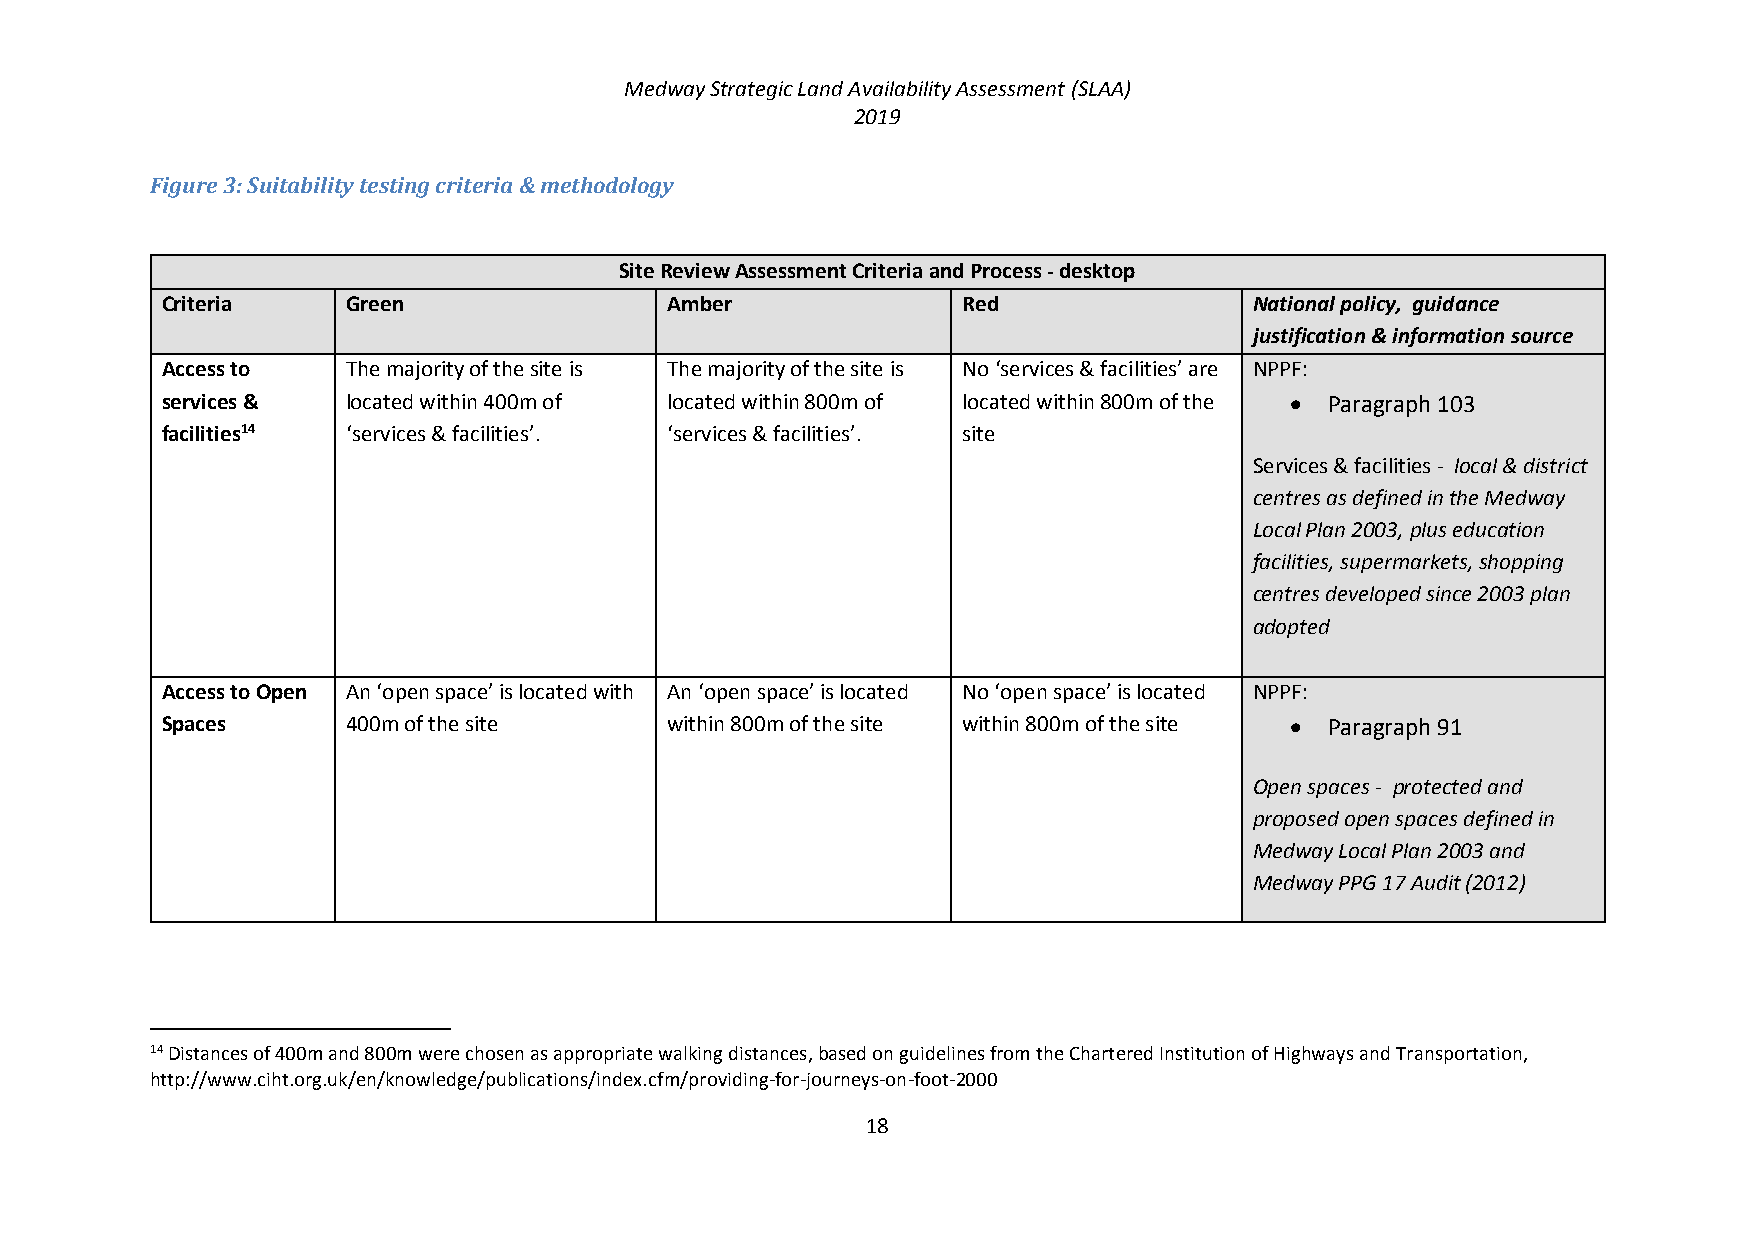
Medway Strategic Land Availability Assessment (SLAA)
 2019
 Figure 3: Suitability testing criteria & methodology
 Site Review Assessment Criteria and Process - desktop
 Criteria    Green                Amber               Red                National policy, guidance
 justification & information source
 Access to   The majority of the site is The majority of the site is No ‘services & facilities’ are NPPF:
 services &  located within 400m of located within 800m of located within 800m of the  Paragraph 103
 facilities14 ‘services & facilities’. ‘services & facilities’. site
 Services & facilities - local & district
 centres as defined in the Medway
 Local Plan 2003, plus education
 facilities, supermarkets, shopping
 centres developed since 2003 plan
 adopted
 Access to Open An ‘open space’ is located with An ‘open space’ is located No ‘open space’ is located NPPF:
 Spaces      400m of the site     within 800m of the site within 800m of the site  Paragraph 91
 Open spaces - protected and
 proposed open spaces defined in
 Medway Local Plan 2003 and
 Medway PPG 17 Audit (2012)
 14 Distances of 400m and 800m were chosen as appropriate walking distances, based on guidelines from the Chartered Institution of Highways and Transportation,
 http://www.ciht.org.uk/en/knowledge/publications/index.cfm/providing-for-journeys-on-foot-2000
 18